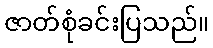
ဇာတ်စုံခင်းပြသည်။